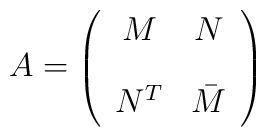
A=\left(\begin{array}{cc}M& N\\[0.4cm]N^T& \bar M\end{array}\right)